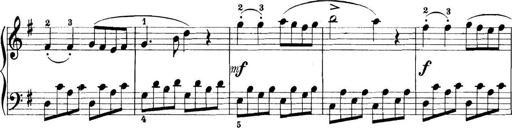
Title: 11 Sonatinas
Composer: Anton Diabelli